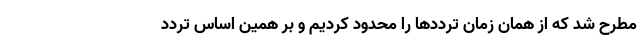
مطرح شد که از همان زمان ترددها را محدود کردیم و بر همین اساس تردد